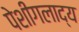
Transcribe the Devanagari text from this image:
पेशीगलाद्य